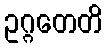
ဥဂ္ဂတေတိ